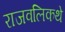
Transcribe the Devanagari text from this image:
राजवलिकथे